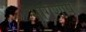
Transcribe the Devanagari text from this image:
मागॅशीषॅ